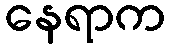
နေရာက